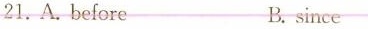
21.A.before B. since